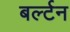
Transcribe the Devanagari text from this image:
बर्ल्टन